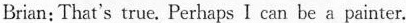
Brian: That's true. Perhaps I can be a painter.